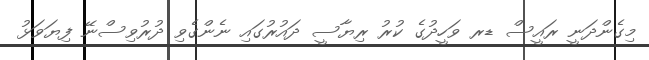
މިގެންދަނީ ރައީސް ޑރ ވަހީދުގެ ކުރު ރިޔާސީ ދައުރުގައި ނެންގެވި ދުރުވިސްނޭ ފިޔަވަޅު